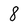
Character: 8